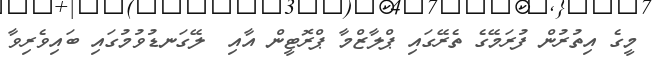
މީގެ އިތުރުން ފުރަމޭގެ ތެރޭގައި ޕްލާޒްމާ ޕްރޮޓީން އާއި  ލޭގަނޑުވުމުގައި ބައިވެރިވާ